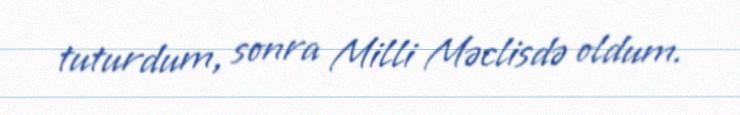
tuturdum, sonra Milli Məclisdə oldum.